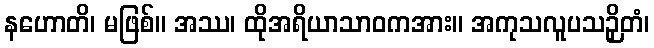
နဟောတိ၊ မဖြစ်။ အဿ၊ ထိုအရိယာသာဝကအား။ အကုသလူပသဉှိတံ၊